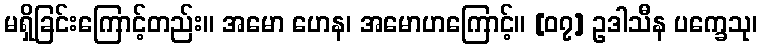
မရှိခြင်းကြောင့်တည်း။ အမော ဟေန၊ အမောဟကြောင့်။ [၀၇] ဥဒါသီန ပက္ခေသု၊